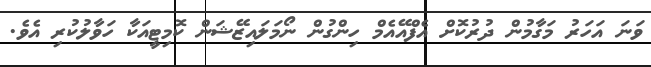
ވަނަ އަހަރު މަގާމުން ދުރުކޮށް އެފްއޭއެމް ހިންގުން ނޯމަލައިޒޭޝަން ކޮމިޓީއަކާ ހަވާލުކުރި އެވެ.